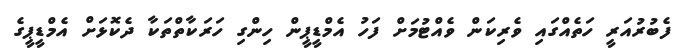
ފެބުރުއަރީ ހަތެއްގައި ވެރިކަން ވެއްޓުމަށް ފަހު އެމްޑީޕީން ހިންގި ހަރަކާތްތަކާ ދެކޮޅަށް އެމްޑީޕީގެ